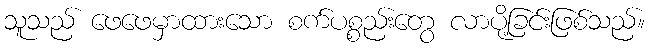
သူသည် ဖေဖေမှာထားသော စက်ပစ္စည်းတွေ လာပို့ခြင်းဖြစ်သည်။